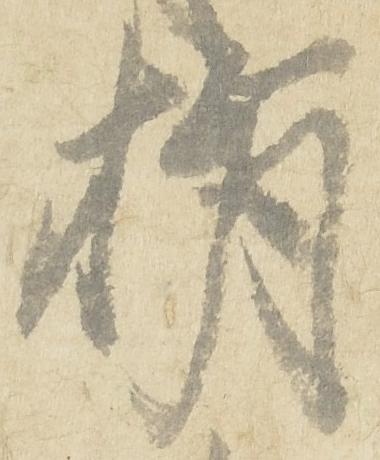
損